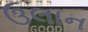
ઉલાન